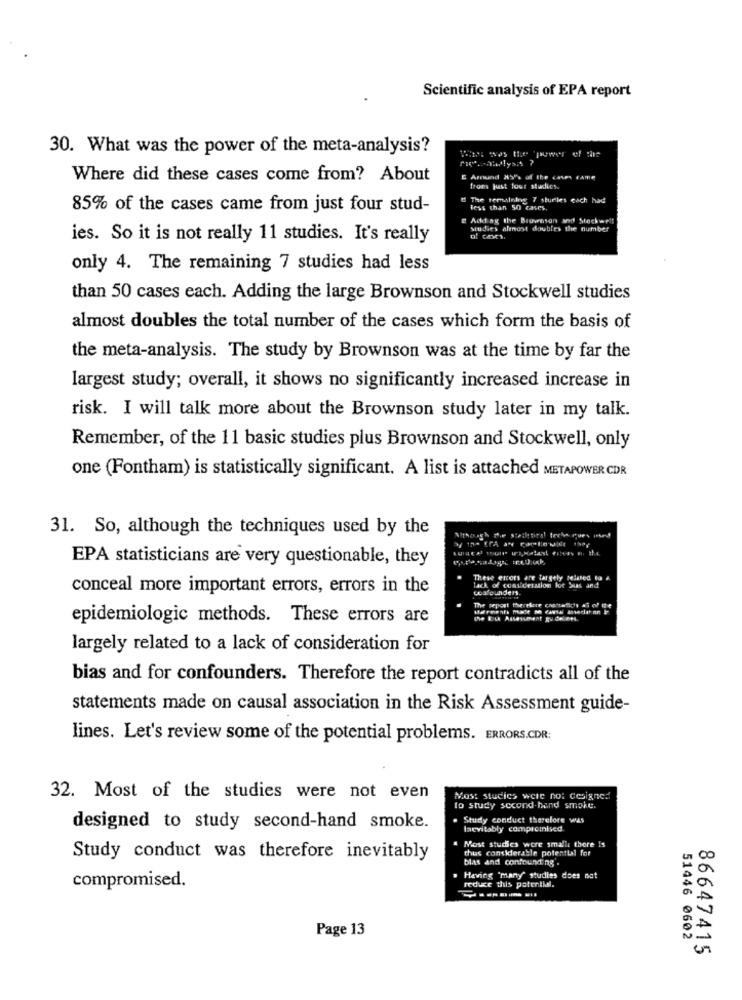
Scientific analysis of EPA report
30. What was the power of the meta-analysis?
Winx was the power of the
Where did these cases come from? About
E Amund NY's of the caves Fame
tom just lost sturics.
U The remaining 7 sturles cach had
85% of the cases came from just four stud-
less than 50 cases,
E Add ag the Brownson and Stockwell
Studies almost doubles the number
ies. So it is not really 11 studies. It's really
of cons.
only 4. The remaining 7 studies had less
than 50 cases each. Adding the large Brownson and Stockwell studies
almost doubles the total number of the cases which form the basis of
the meta-analysis. The study by Brownson was at the time by far the
largest study; overall, it shows no significantly increased increase in
risk. I will talk more about the Brownson study later in my talk.
Remember, of the 11 basic studies plus Brownson and Stockwell, only
one (Fontham) is statistically significant. A list is attached METAPOWER CDR
31. So, although the techniques used by the
sciacal trait orspalast ertces on the
EPA statisticians are very questionable, they
These estors are largely related to
conceal more important errors, errors in the
lack of consideration fot Suas and
epidemiologic methods. These errors are
largely related to a lack of consideration for
bias and for confounders. Therefore the report contradicts all of the
statements made on causal association in the Risk Assessment guide-
lines. Let's review some of the potential problems. ERRORS.CDR:
32. Most of the studies were not even
Most studies were no: designed
to study second-hand smoke.
Study conduct therefore was
designed to study second-hand smoke.
facvitably compromised.
Most studies were small there Is
thus conskierable potential for
Study conduct was therefore inevitably
blas and confounding .
compromised.
Having "many" studies does not
reduce this potential.
Page 13
51446 0602
86647415